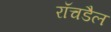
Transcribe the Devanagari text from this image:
रॉचडैल